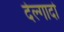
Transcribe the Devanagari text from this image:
देल्गादो